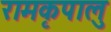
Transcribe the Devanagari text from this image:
रामकृपालु